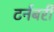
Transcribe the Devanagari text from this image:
टर्नबरी